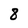
Character: 8